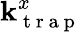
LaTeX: \mathbf{k}_{\mathrm{{~t~r~a~p~}}}^{x}